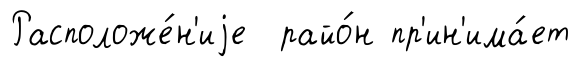
Расположе́н'иjе райо́н пр'ин'има́ет